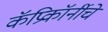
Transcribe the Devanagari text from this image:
कॅप्रिकॉर्नीचे